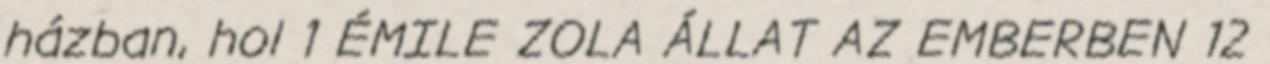
házban, hol 1 ÉMILE ZOLA ÁLLAT AZ EMBERBEN 12